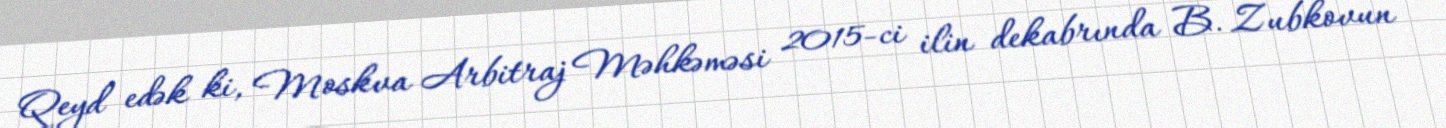
Qeyd edək ki, Moskva Arbitraj Məhkəməsi 2015-ci ilin dekabrında B. Zubkovun